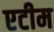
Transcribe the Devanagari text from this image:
एटीम